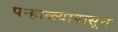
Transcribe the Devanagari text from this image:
पन्हाळ्यापासून